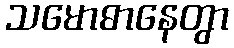
သမောဓာနေတွာ